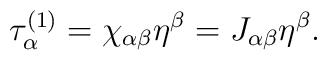
\tau_\alpha ^{(1)} =\chi_{\alpha\beta} \eta^\beta =J_{\alpha\beta}\eta^\beta.